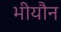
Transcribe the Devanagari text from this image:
भीयौन